Lyperosia minuta, Bezzi - Number 59
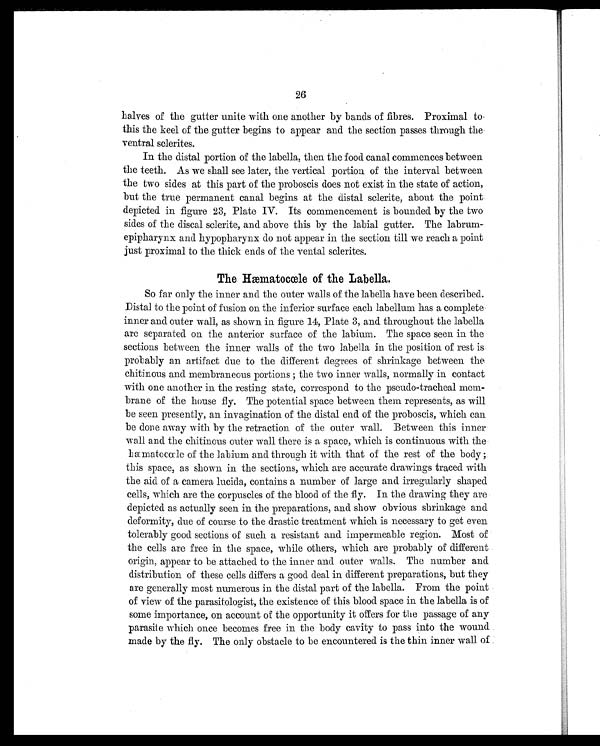
26
halves of the gutter unite with one another by bands of fibres. Proximal to
this the keel of the gutter begins to appear and the section passes through the
ventral sclerites.
In the distal portion of the labella, then the food canal commences between
the teeth. As we shall see later, the vertical portion of the interval between
the two sides at this part of the proboscis does not exist in the state of action,
but the true permanent canal begins at the distal sclerite, about the point
depicted in figure 23, Plate IV. Its commencement is bounded by the two
sides of the discal sclerite, and above this by the labial gutter. The labrum
-epipharynx and hypopharynx do not appear in the section till we reach a point
just proximal to the thick ends of the venial sclerites.
The Hæmat ocœl e of t he Label l a.
So far only the inner and the outer walls of the labella have been described.
Distal to the point of fusion on the inferior surface each labellum has a complete
inner and outer wall, as shown in figure 14, Plate 3, and throughout the labella
are separated on the anterior surface of the labium. The space seen in the
sections between the inner walls of the two labella in the position of rest is
probably an artifact due to the different degrees of shrinkage between the
c h i t i n o u s a n d me m- b r a n e o u s p o r t i o n s ; t h e t wo i n n e r wa l l s , n o r ma l l y i n c o n t a c t
with one another in the resting state, correspond to the pseudo-tracheal mem
-brane of the house fly. The potential space between them represents, as will
be seen presently, an invagination of the distal end of the proboscis, which can
be done away with by the retraction of the outer wall. Between this inner
wall and the chitinous outer wall there is a space, which is continuous with the
hæmatocœle of the labium and through it with that of the rest of the body ;
this space, as shown in the sections, which are accurate drawings traced with
the aid of a camera lucida, contains a number of large and irregularly shaped
cells, which are the corpuscles of the blood of the fly. In the drawing they are
depicted as actually seen in the preparations, and show obvious shrinkage and
deformity, due of course to the drastic treatment which is necessary to get even
tolerably good sections of such a resistant and impermeable region. Most of
the cells are free in the space, while others, which are probably of different
origin, appear to be attached to the inner and outer walls. The number and
distribution of these cells differs a good deal in different preparations, but they
are generally most numerous in the distal part of the labella. From the point
of view of the parasitologist, the existence of this blood space in the labella is of
some importance, on account of the opportunity it offers for the passage of any
parasite which once becomes free in the body cavity to pass into the wound
made by the fly. The only obstacle to be encountered is the thin inner wall of